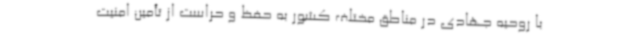
با روحیه جهادی در مناطق مختلف کشور به حفظ و حراست از تأمین امنیت